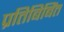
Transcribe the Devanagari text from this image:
प्रतिबिबिंत